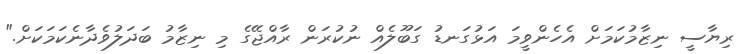
ރިޔާސީ ނިޒާމުކަމަށް އެހެންވީމަ އަޅުގަނޑު ގަބޫލެއް ނުކުރަން ރާއްޖޭގެ މި ނިޒާމު ބަދަލުވެދާނެކަމަކަށް."